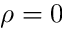
\rho = 0